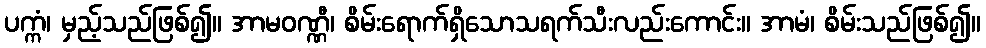
ပက္ကံ၊ မှည့်သည်ဖြစ်၍။ အာမဝဏ္ဏီ၊ စိမ်းရောက်ရှိသောသရက်သီးလည်းကောင်း။ အာမံ၊ စိမ်းသည်ဖြစ်၍။